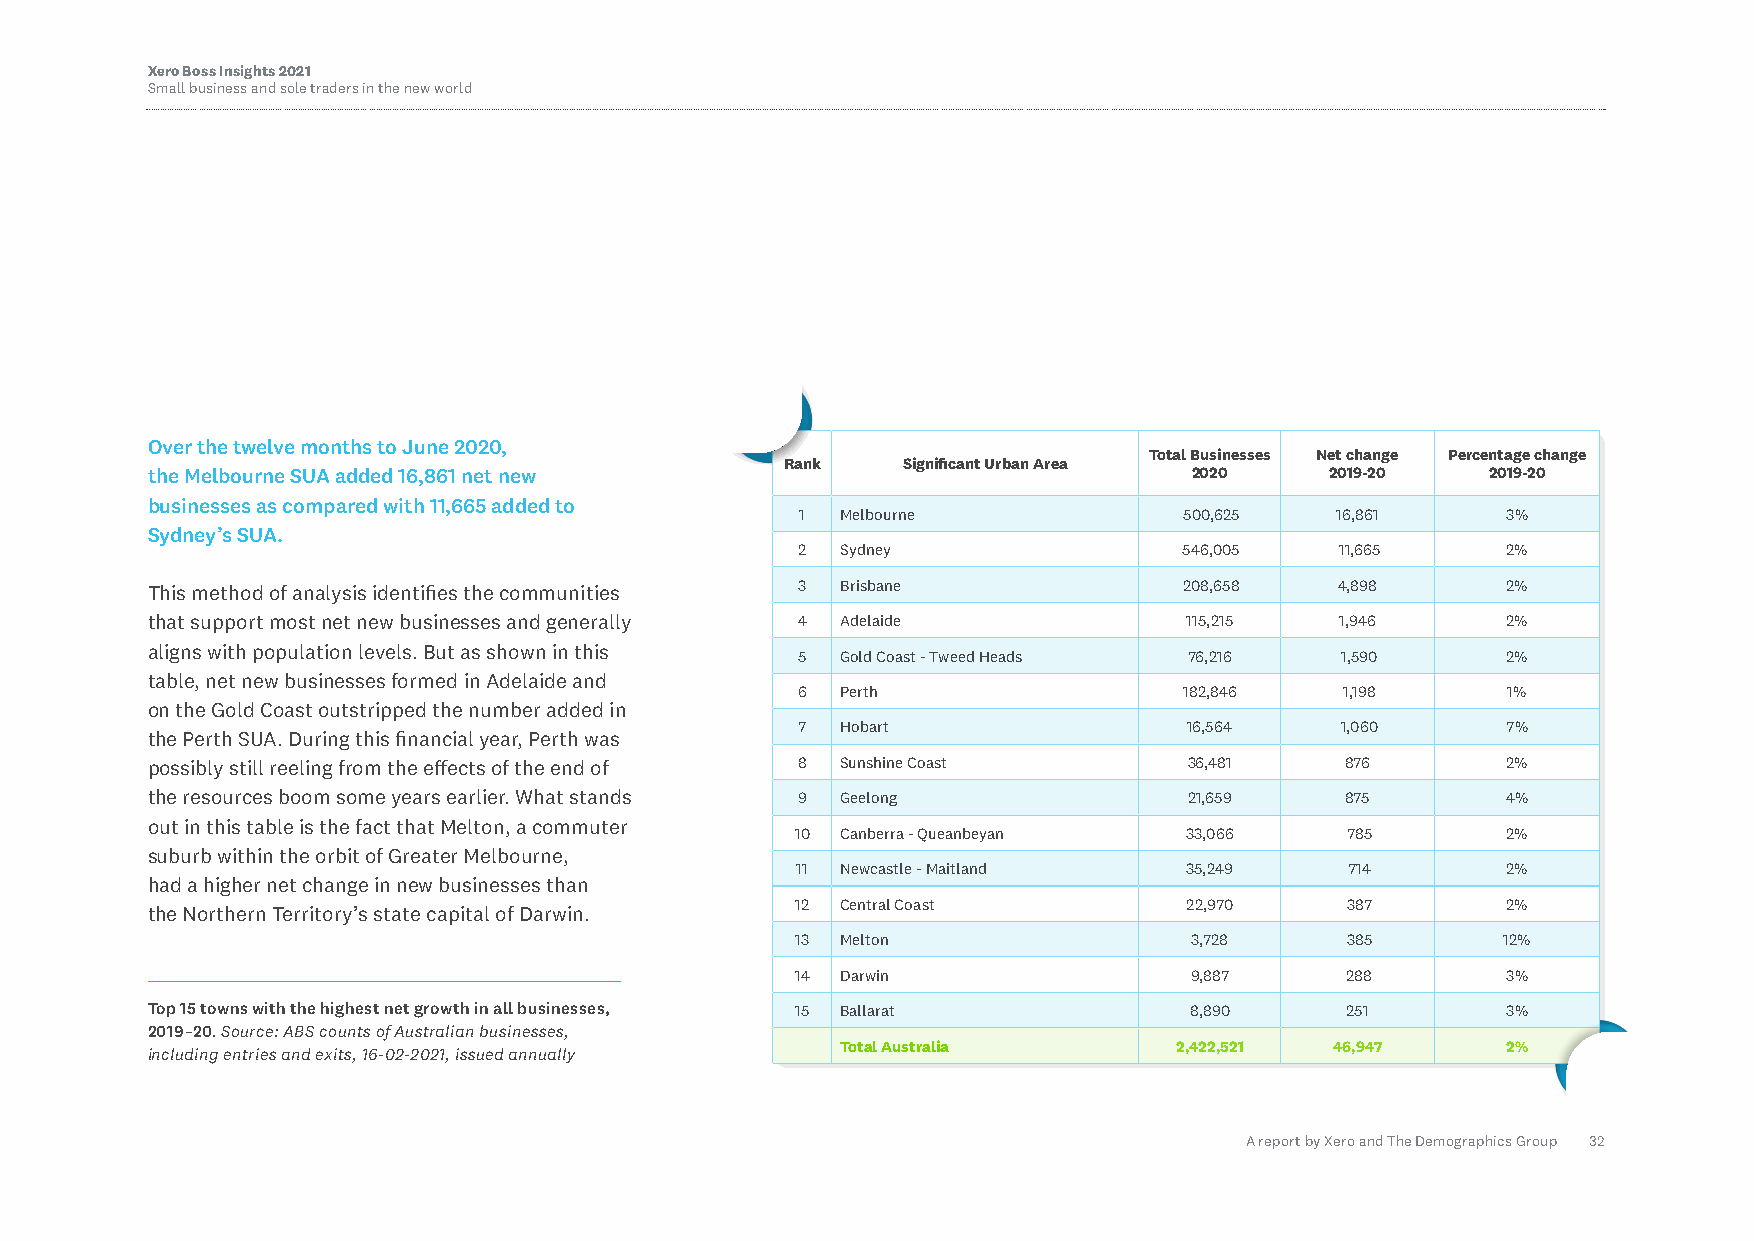
Xero Boss Insights 2021
 Small business and sole traders in the new world
 Over the twelve months to June 2020,
 Total Businesses Net change Percentage change
 Rank    Significant Urban Area
 the Melbourne SUA added 16,861 net new                               2020     2019-20    2019-20
 businesses as compared with 11,665 added to
 1  Melbourne             500,625   16,861      3%
 Sydney’s SUA.
 2  Sydney                546,005    11,665     2%
 This method of analysis identifies the communities 3 Brisbane       208,658    4,898      2%
 that support most net new businesses and generally 4 Adelaide        115,215   1,946      2%
 aligns with population levels. But as shown in this
 5  Gold Coast - Tweed Heads 76,216  1,590      2%
 table, net new businesses formed in Adelaide and
 6  Perth                 182,846    1,198      1%
 on the Gold Coast outstripped the number added in
 7  Hobart                 16,564    1,060      7%
 the Perth SUA. During this financial year, Perth was
 possibly still reeling from the effects of the end of 8 Sunshine Coast 36,481  876        2%
 the resources boom some years earlier. What stands 9 Geelong         21,659    875        4%
 out in this table is the fact that Melton, a commuter
 10 Canberra - Queanbeyan  33,066    785        2%
 suburb within the orbit of Greater Melbourne,
 11 Newcastle - Maitland   35,249    714        2%
 had a higher net change in new businesses than
 12 Central Coast          22,970    387        2%
 the Northern Territory’s state capital of Darwin.
 13 Melton                 3,728     385        12%
 14 Darwin                 9,887     288        3%
 Top 15 towns with the highest net growth in all businesses, 15 Ballarat 8,890  251        3%
 2019–20. Source: ABS counts of Australian businesses,
 Total Australia       2,422,521 46,947      2%
 including entries and exits, 16-02-2021, issued annually
 A report by Xero and The Demographics Group 32